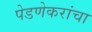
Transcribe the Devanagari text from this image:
पेडणेकरांचा